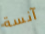
آنسة